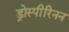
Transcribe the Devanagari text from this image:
ड्रोस्पीरिनन